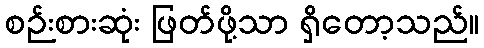
စဉ်းစားဆုံး ဖြတ်ဖို့သာ ရှိတော့သည်။